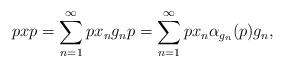
LaTeX: \begin{align*}pxp=\sum_{n=1}^{\infty} px_ng_np=\sum_{n=1}^{\infty} px_n\alpha_{g_n}(p)g_n,\end{align*}